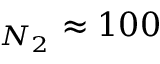
_ { N _ { 2 } } \approx 1 0 0